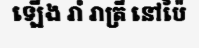
ឡើង រាំ រាត្រី នៅប៉ៃ